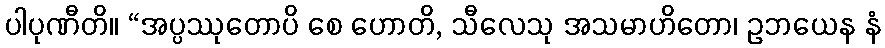
ပါပုဏီတိ။ “အပ္ပဿုတောပိ စေ ဟောတိ, သီလေသု အသမာဟိတော၊ ဥဘယေန နံ